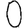
Digit: 0